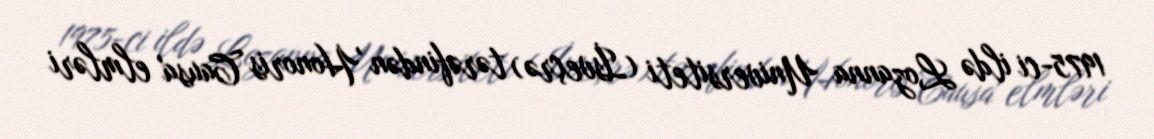
1975-ci ildə Lozanna Universiteti (İsveçrə) tərəfindən 'Honoris Causa' elmləri